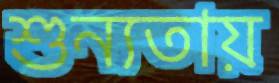
শুন্যতায়